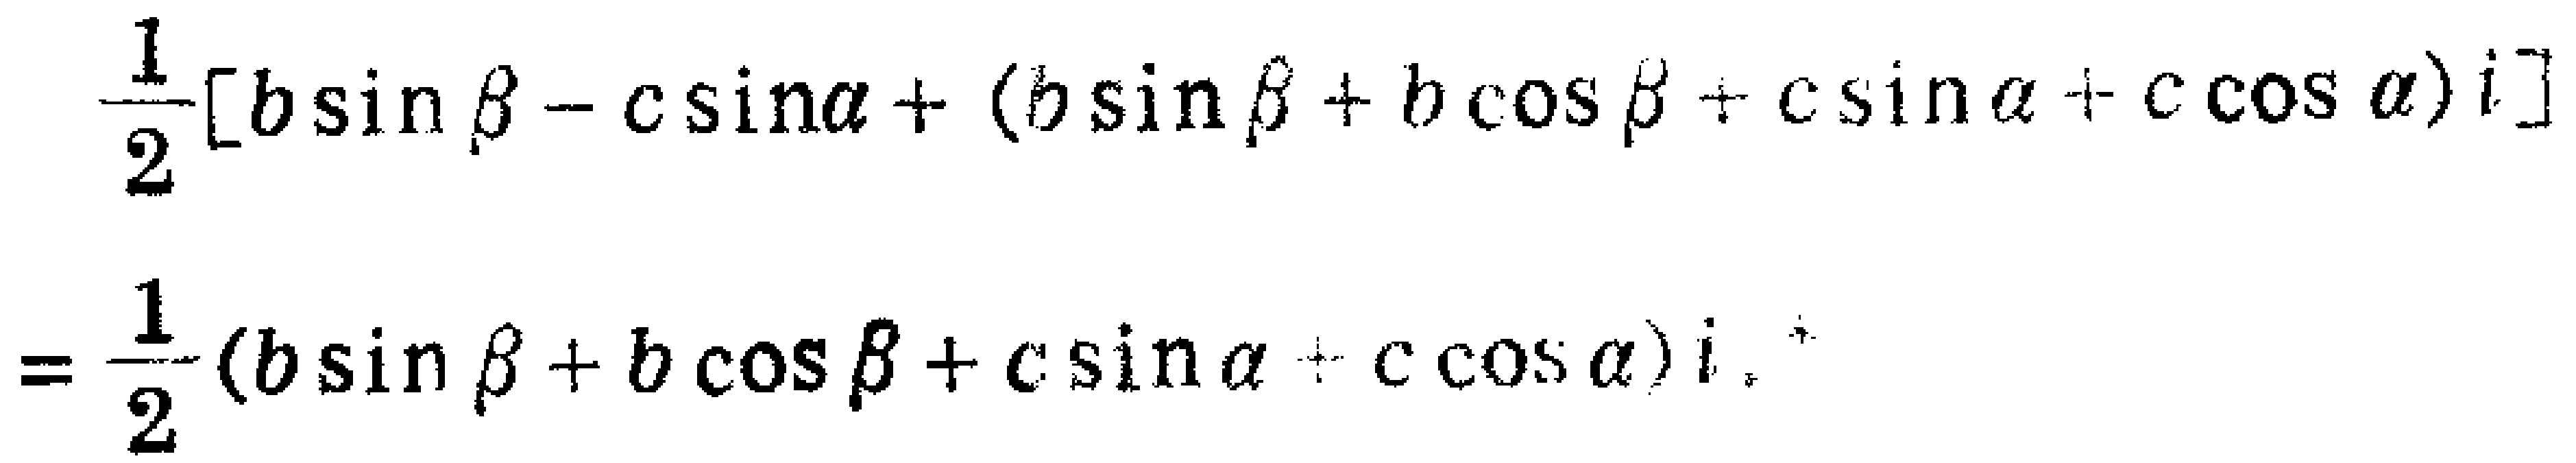
\[
\frac{1}{2}[b\sin\beta - c\sin\alpha+(b\sin\beta + b\cos\beta + c\sin\alpha + c\cos\alpha)i]=\frac{1}{2}(b\sin\beta + b\cos\beta + c\sin\alpha + c\cos\alpha)i
\]